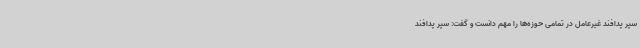
سپر پدافند غیرعامل در تمامی حوزه‌ها را مهم دانست و گفت: سپر پدافند